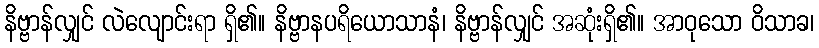
နိဗ္ဗာန်လျှင် လဲလျောင်းရာ ရှိ၏။ နိဗ္ဗာနပရိယောသာနံ၊ နိဗ္ဗာန်လျှင် အဆုံးရှိ၏။ အာဝုသော ဝိသာခ၊